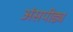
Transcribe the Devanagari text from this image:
अंसपीड्य